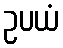
ဥပယံ